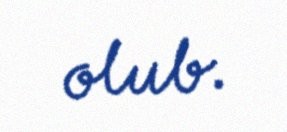
olub.